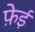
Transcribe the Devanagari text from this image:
फ़ेई